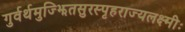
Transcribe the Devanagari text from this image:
गुर्वर्थमुज्झितसुरस्पृहराज्यलक्ष्मीः